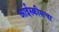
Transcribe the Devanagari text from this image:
आईस्क्रीमचा